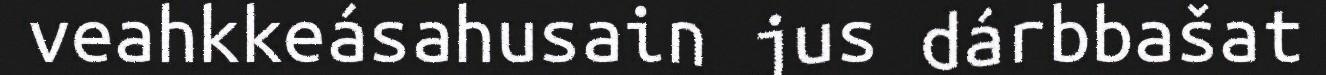
veahkkeásahusain jus dárbbašat